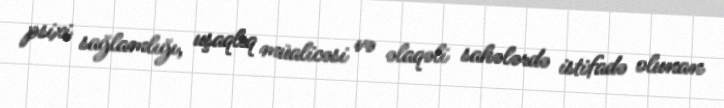
psixi sağlamlığı, uşaqlıq müalicəsi və əlaqəli sahələrdə istifadə olunan